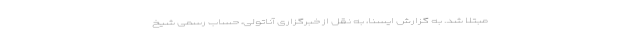
مبتلا شد. به گزارش ایسنا، به نقل از خبرگزاری آناتولی، حساب رسمی شیخ